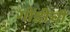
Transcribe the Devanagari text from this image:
गोंडीची